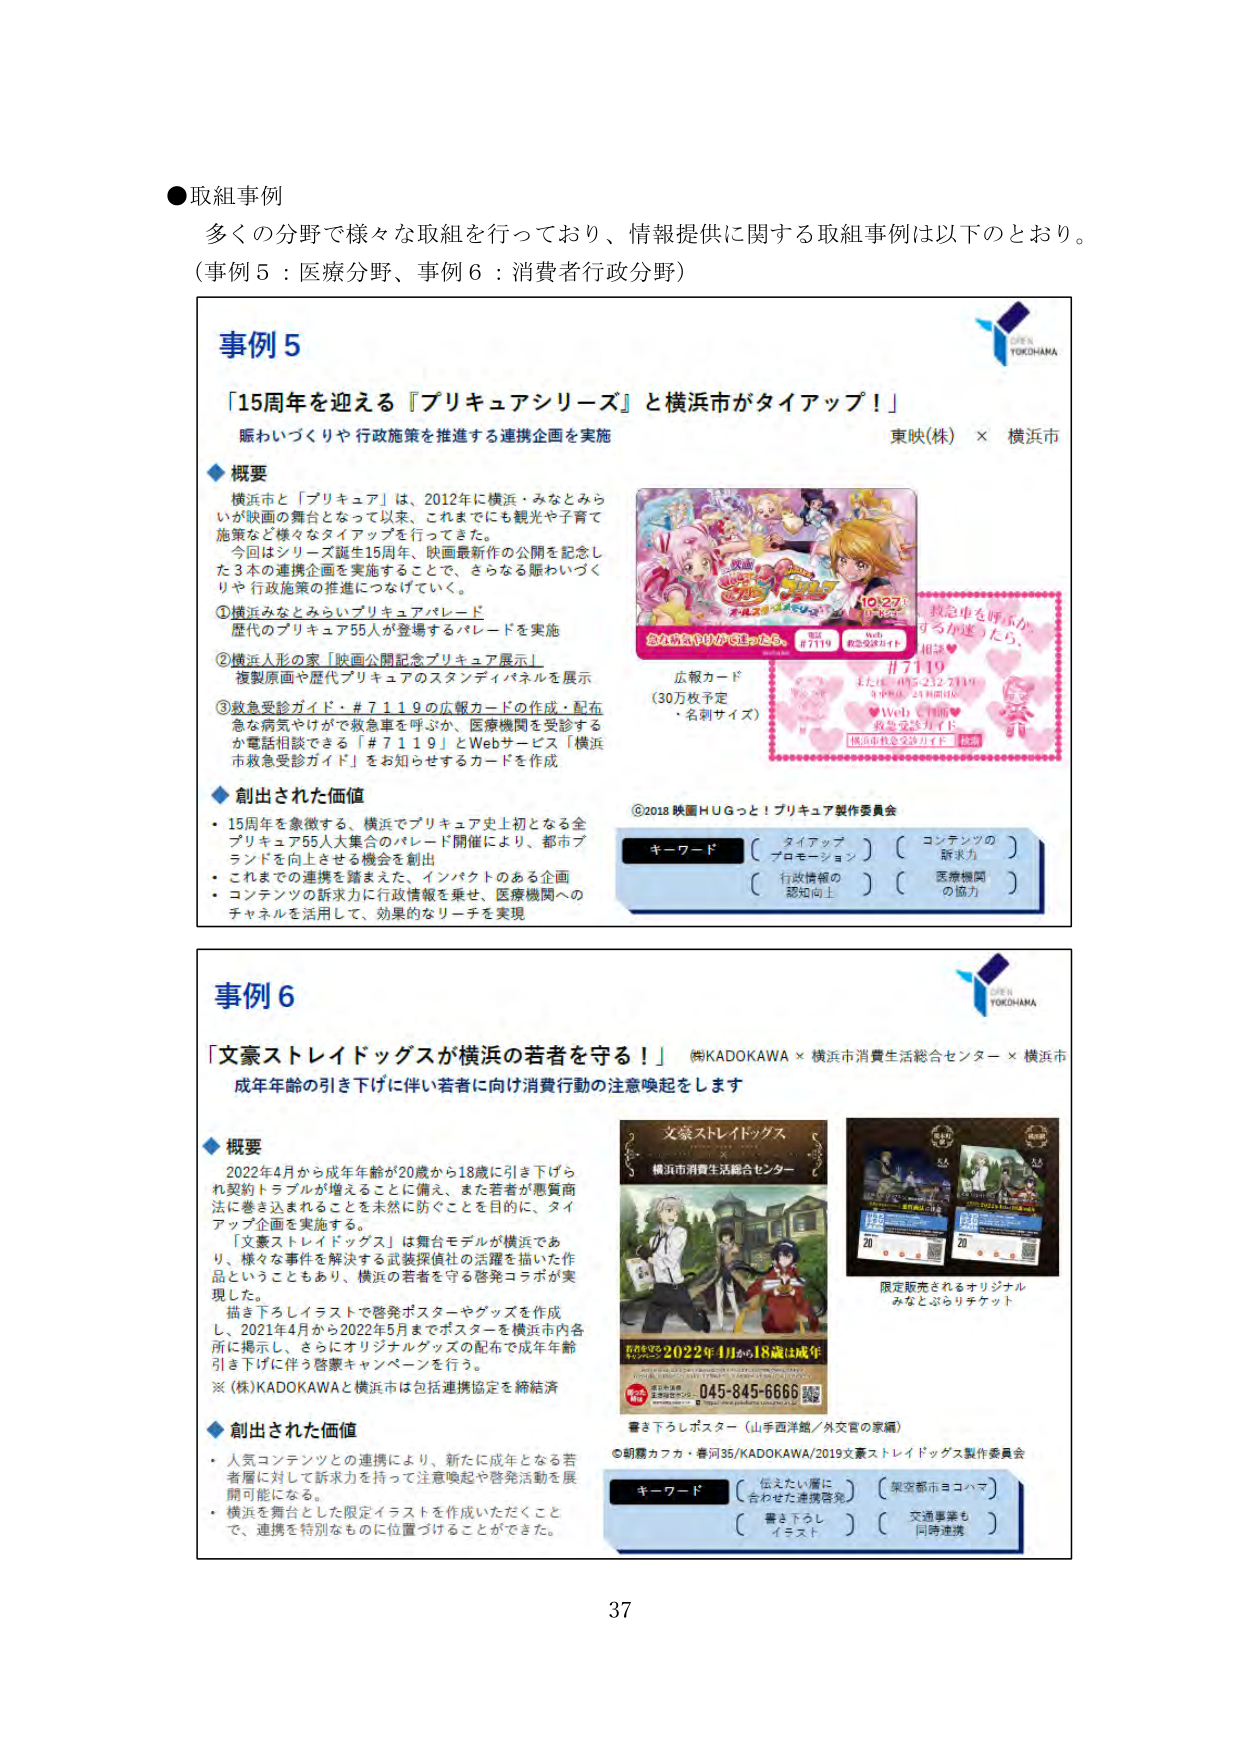
●取組事例
多くの分野で様々な取組を行っており、情報提供に関する取組事例は以下のとおり。
（事例5：医療分野、事例6：消費者行政分野）

事例5
「15周年を迎える『プリキュアシリーズ』と横浜市がタイアップ！」
賑わいづくりや行政施策を推進する連携企画を実施
東映(株) × 横浜市

◆概要
横浜市と「プリキュア」は、2012年に横浜・みなとみらいが映画の舞台となって以来、これまでにも観光や子育て施策など様々なタイアップを行ってきました。
今回はシリーズ誕生15周年、映画最新作の公開を記念した3本の連携企画を実施することで、さらなる賑わいづくりや行政施策の推進につなげていく。

①横浜みなとみらいプリキュアパレード
歴代のプリキュア55人が登場するパレードを実施

②横浜人形の家「映画公開記念プリキュア展示」
複製原画や歴代プリキュアのスタンドフィギュアを展示

③救急受診ガイド・#7119の広報カードの作成・配布
急な病気やけがで救急車を呼ぶか、医療機関を受診するか電話相談できる「#7119」とWebサービス「横浜市救急受診ガイド」を告知させるカードを作成

◆創出された価値
・15周年を象徴する、横浜でプリキュア史上初となる全プリキュア55人大集合のパレード開催により、都市ブランドを向上させる機会を創出
・これまでの連携を踏まえた、インパクトのある企画
・コンテンツの訴求力に行政情報を乗せ、医療機関へのチャネルを活用して、効果的なリーチを実現

広報カード
（30万枚予定・名刺サイズ）
#7119
または 045-232-2119
午前8時～23時間(16)
Web 1106
救急受診ガイド
横浜市救急受診ガイド 検索
救急車を呼ぶか、
どうか迷ったら。

©2018 映画HUGっと！プリキュア製作委員会

キーワード
（タイアッププロモーション）（コンテンツの訴求力）
（行政情報の認知向上）（医療機関の協力）

事例6
「文豪ストレイドッグスが横浜の若者を守る！」
㈱KADOKAWA × 横浜市消費生活総合センター × 横浜市
成年年齢の引き下げに伴い若者に向け消費行動の注意喚起をします

◆概要
2022年4月から成年年齢が20歳から18歳に引き下げられ契約トラブルが増えることに備え、また若者が悪質商法に巻き込まれることを未然に防ぐことを目的に、タイアップ企画を実施する。
「文豪ストレイドッグス」は舞台モデルが横浜であり、様々な事件を解決する武装探偵社の活躍を描いた作品ということもあり、横浜の若者を守る啓発コラボが実現した。
描き下ろしイラストで啓発ポスターやグッズを作成し、2021年4月から2022年5月までポスターを横浜市内各所に掲示し、さらにオリジナルグッズの配布で成年年齢引き下げに伴う啓発キャンペーンを行う。
※(株)KADOKAWAと横浜市は包括連携協定を締結済

◆創出された価値
・人気コンテンツとの連携により、新たに成人となる若者層に対して訴求力を持って注意喚起や啓発活動を展開可能になる。
・横浜を舞台とした限定イラストを作成いただくことで、連携を特別なものに位置づけることができた。

文豪ストレイドッグス
横浜市消費生活総合センター
2022年4月から18歳は成年
045-845-6666
書き下ろしポスター（山手西洋館／外交官の家編）
©朝霧カフカ・春河35/KADOKAWA/2019文豪ストレイドッグス製作委員会

限定販売されるオリジナルみなとぶらりチケット

キーワード
（伝えたい層に合わせた連携啓発）（架空都市ヨコハマ）
（書き下ろしイラスト）（交通事業も同時連携）

37